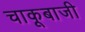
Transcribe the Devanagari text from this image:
चाकूबाजी